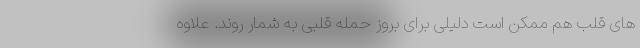
های قلب هم ممکن است دلیلی برای بروز حمله قلبی به شمار روند. علاوه